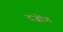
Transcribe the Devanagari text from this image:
दज़ोंग